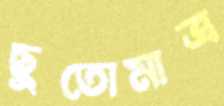
ছুতোমাত্র